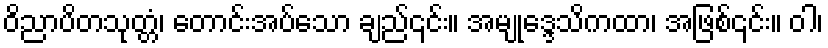
ဝိညာပိတသုတ္တံ၊ တောင်းအပ်သော ချည်၎င်း။ အမျုဒ္ဒေသိကထာ၊ အဖြစ်၎င်း။ ဝါ၊